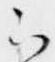
云